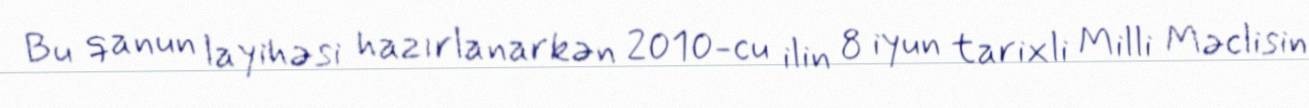
Bu qanun layihəsi hazırlanarkən 2010-cu ilin 8 iyun tarixli Milli Məclisin